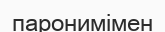
паронимімен